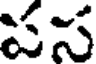
పస